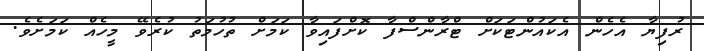
ރުފިޔާ އެހެން އެކައުންޓަކަށް ޓްރާންސްފާ ކޮށްފައިވާ ކަމަށް ތުހުމަތު ކުރެވޭ މީހެއް ކަމަށެވެ.